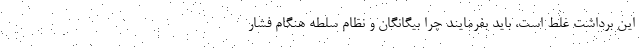
این برداشت غلط است، باید بفرمایند چرا بیگانگان و نظام سلطه هنگام فشار